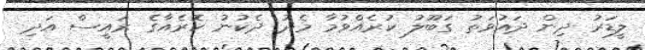
ލީޑަރު ދިން ދައުވަތު ގަބޫލު ކުރެއްވުމާ މެދު ދެކުނު ކޮރެއާގެ ރައީސް އަދި